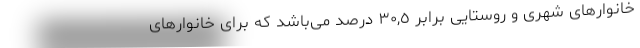
خانوارهای شهری و روستایی برابر ٣٠,٥ درصد می‌باشد که برای خانوارهای